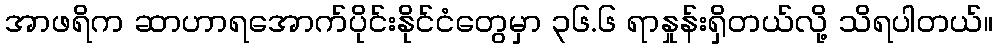
အာဖရိက ဆာဟာရအောက်ပိုင်းနိုင်ငံတွေမှာ ၃၆.၆ ရာနှုန်းရှိတယ်လို့ သိရပါတယ်။